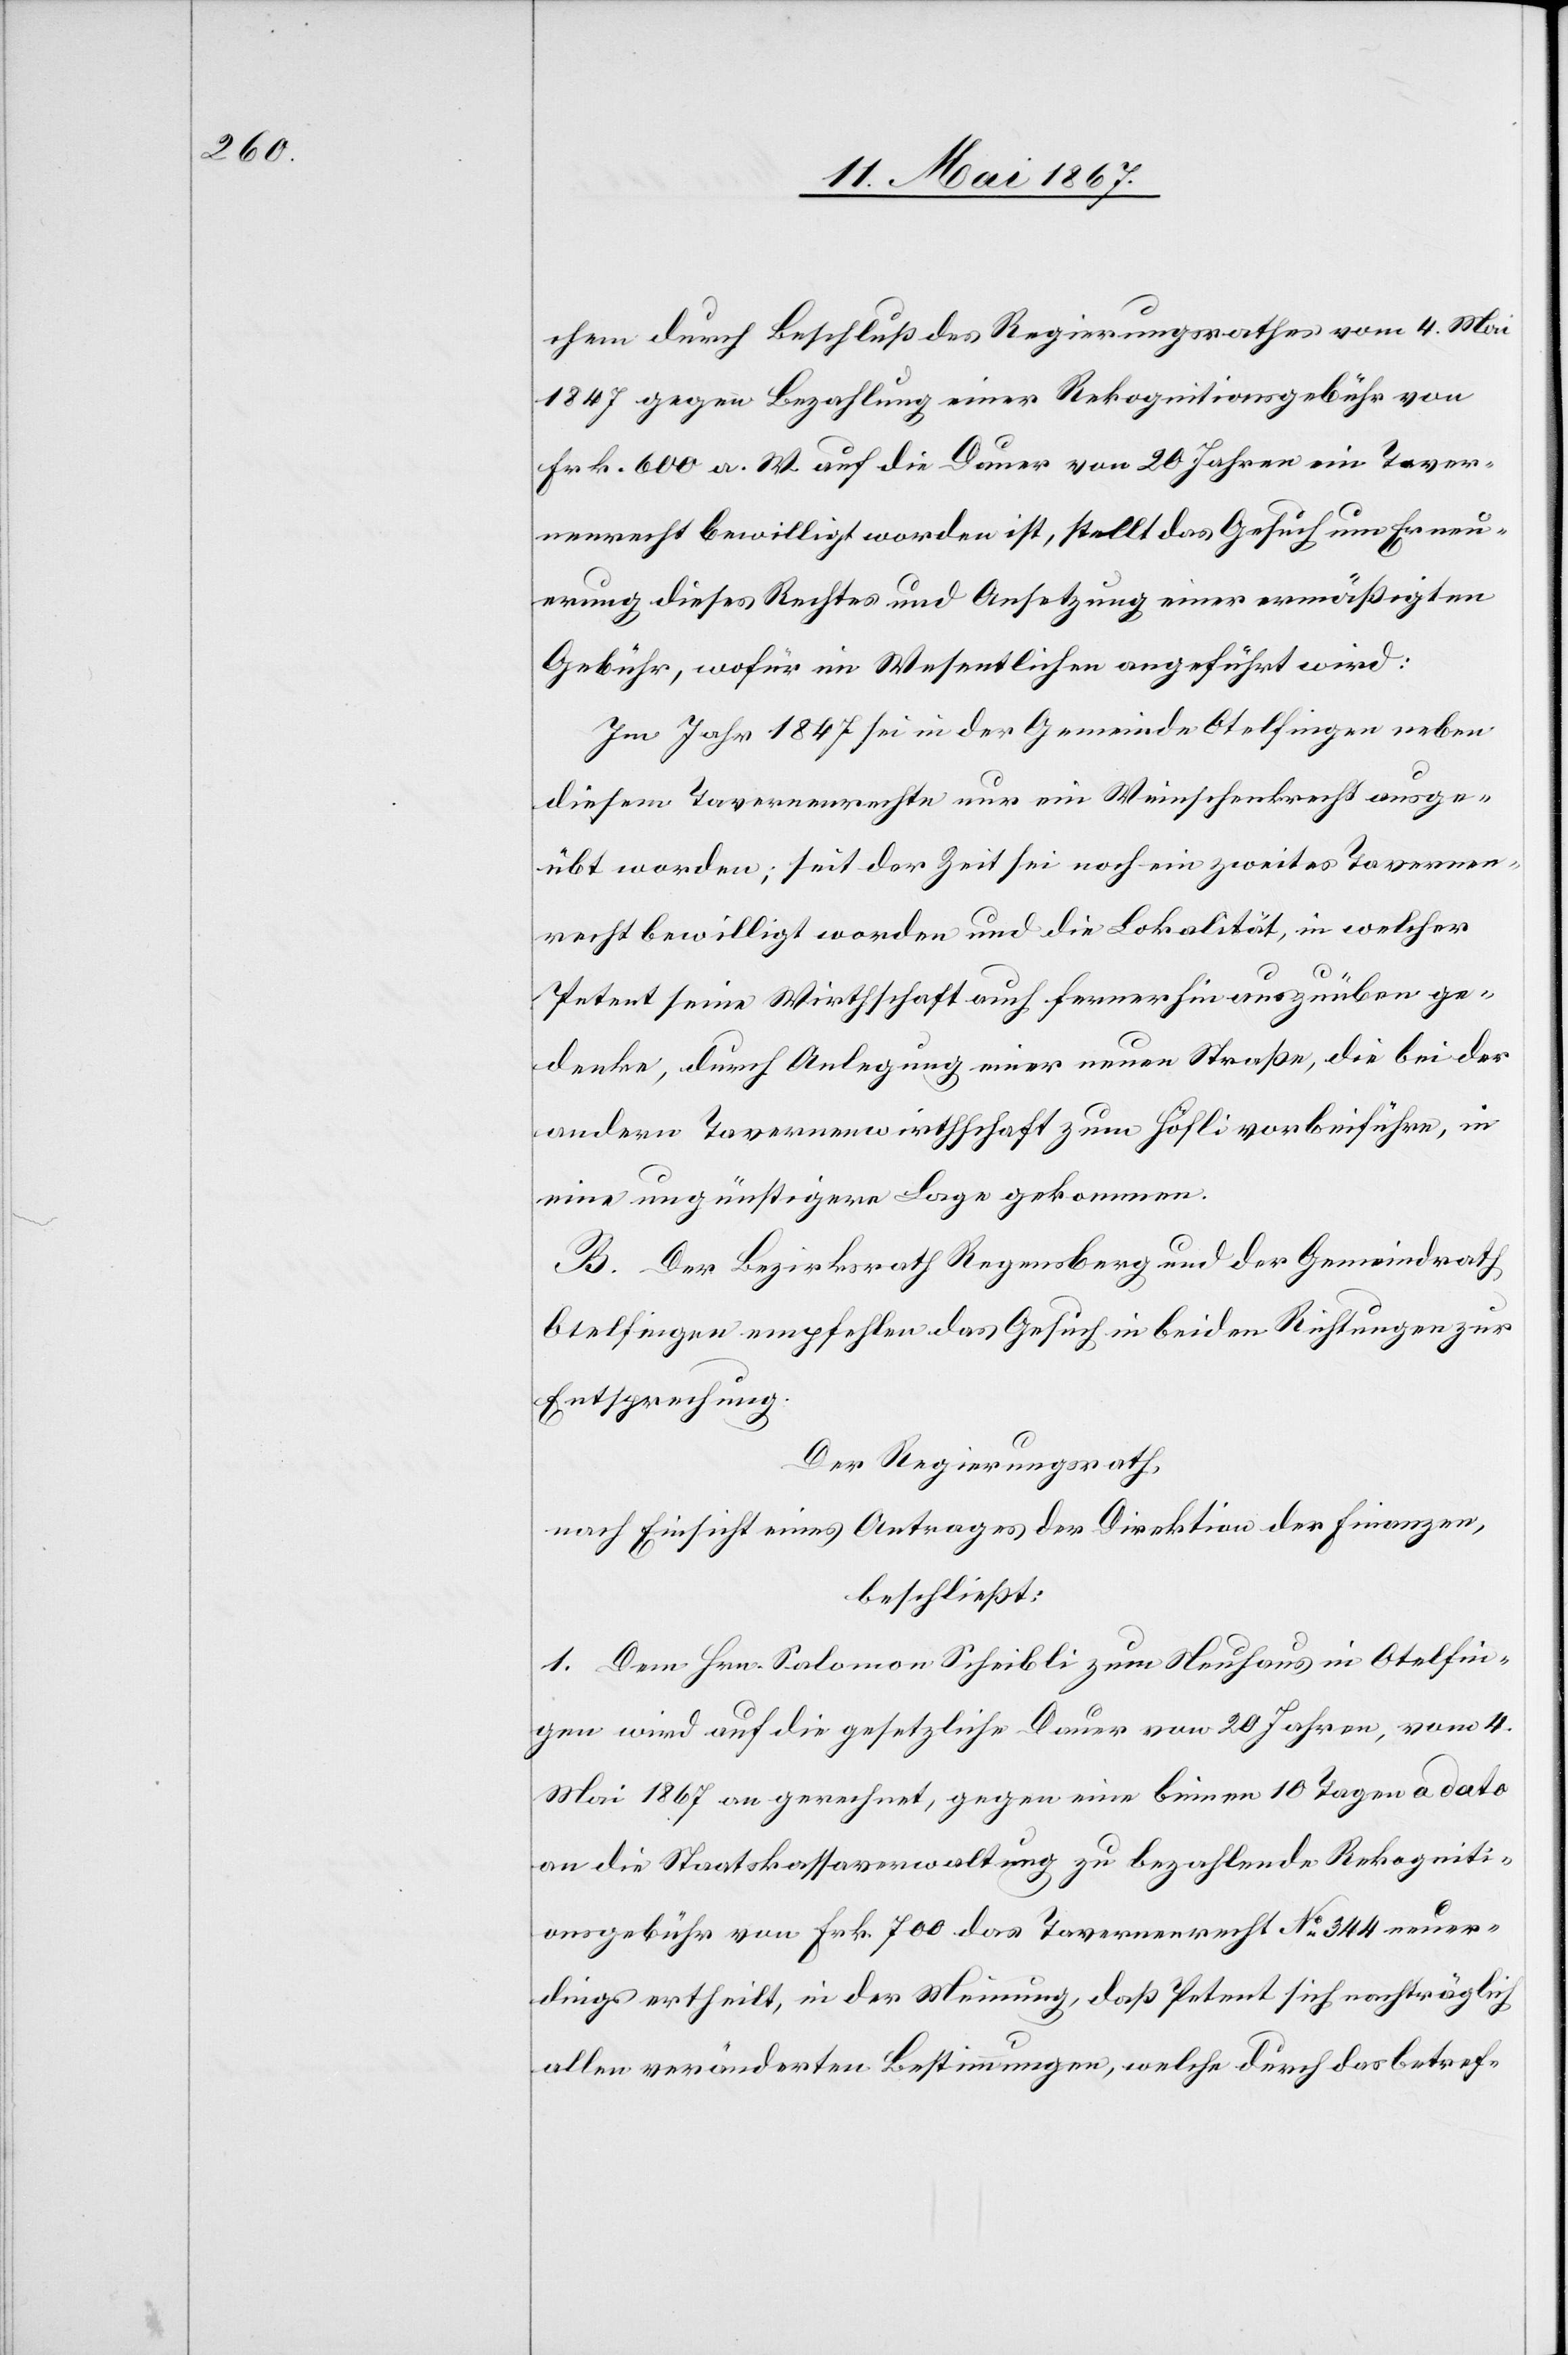
chem durch Beschluß des Regierungsrathes vom 4. Mai
1847 gegen Bezahlung einer Rekognitionsgebühr von
Frk. 600 a. W auf die Dauer von 20 Jahren ein Taver¬
nenrecht bewilligt worden ist, stellt das Gesuch um Erneu¬
erung dieses Rechtes und Ansetzung einer ermäßigten
Gebühr, wofür im Wesentlichen angeführt wird:
Im Jahr 1847 sei in der Gemeinde Otelfingen neben
diesem Tavernenrechte nur ein Weinschenkrecht ausge¬
übt worden; seit der Zeit sei noch ein zweites Tavernen¬
recht bewilligt worden und die Lokalität, in welcher
Petent seine Wirtschaft auch fernerhin auszuüben ge¬
denke, durch Anlegung einer neuen Straße, die bei der
andern Tavernenwirthschaft zum Höfli vorbeiführe, in
eine ungünstigere Lage gekommen.
B. Der Bezirksrath Regensberg und der Gemeindrath
Otelfingen empfehlen das Gesuch in beiden Richtungen zur
Entsprechung.
Der Regierungsrath,
nach Einsicht eines Antrages der Direktion der Finanzen,
beschließt:
1. Dem Hrn. Salomon Scheibli zum Neuhaus in Otelfin¬
gen wird auf die gesetzliche Dauer von 20 Jahren, vom 4.
Mai 1867 an gerechnet, gegen eine binnen 10 Tagen a dato
an die Staatskassaverwaltung zu bezahlende Rekogniti¬
onsgebühr von Frk. 700 das Tavernenrecht No. 344 neuer¬
dings ertheilt, in der Meinung, daß Petent sich nachträglich
allen veränderten Bestimmungen, welche durch das betref-